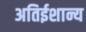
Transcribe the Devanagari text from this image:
अतिईशान्य